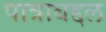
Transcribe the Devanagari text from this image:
पात्राबद्दल